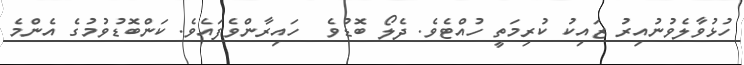
ހުޅުވާލެވުނުއިރު ޒައިކު ކުރިމަތީ ހުއްޓެވެ. ދެލޯ ބޮޑުވެ  ހައިރާންވެފައެވެ. ކަންބޮޑުވުމުގެ އެންމެ